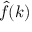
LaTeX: { \hat { f } } ( k )